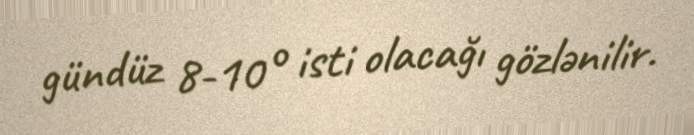
gündüz 8-10° isti olacağı gözlənilir.